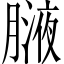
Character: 𦟸